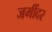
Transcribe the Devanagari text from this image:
जमींदर